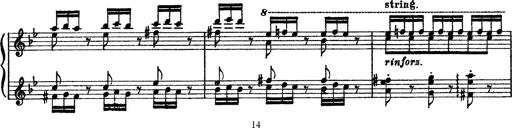
Title: Sarabande und Chaconne aus dem Singspiel
Composer: Franz Liszt